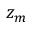
z _ { m }